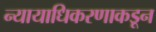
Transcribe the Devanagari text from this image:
न्यायाधिकरणाकडून